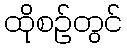
ထိုစဉ်တွင်